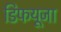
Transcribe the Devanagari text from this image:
डिफयूजा